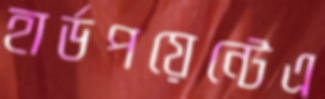
হার্ডপয়েন্টেএ